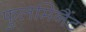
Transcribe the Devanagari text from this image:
फुलमिनैंट